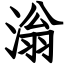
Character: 滃